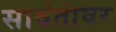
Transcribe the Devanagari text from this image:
सावंतांवर